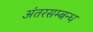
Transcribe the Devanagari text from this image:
अंतरसम्बन्ध